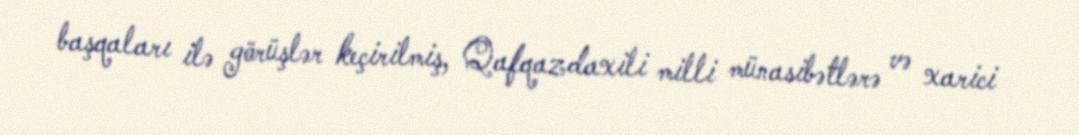
başqaları ilə görüşlər keçirilmiş, Qafqazdaxili milli münasibətlərə və xarici